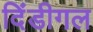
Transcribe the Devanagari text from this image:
दिंडीगल